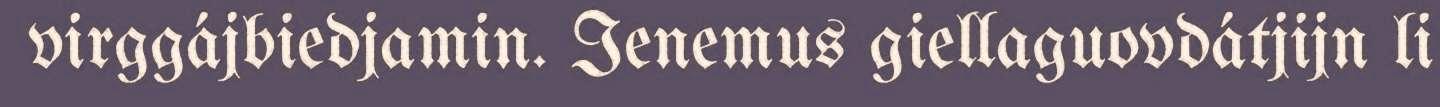
virggájbiedjamin. Ienemus giellaguovdátjijn li